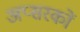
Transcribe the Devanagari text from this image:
अप्सरकों